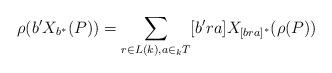
LaTeX: \begin{align*} \rho(b'X_{b^{\ast}}(P))=\displaystyle \sum_{r \in L(k),a \in _{k}T} [b'ra]X_{[bra]^{\ast}}(\rho(P)) \end{align*}